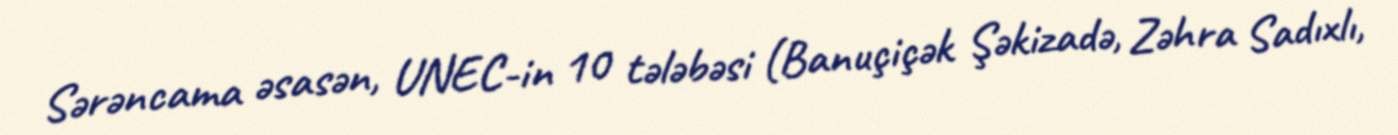
Sərəncama əsasən, UNEC-in 10 tələbəsi (Banuçiçək Şəkizadə, Zəhra Sadıxlı,